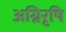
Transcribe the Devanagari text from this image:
अग्निरृषि